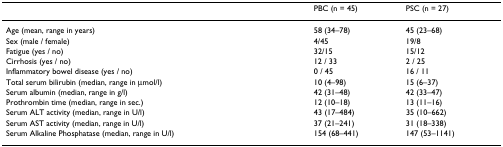
|  | PBC (n = 45) | PSC (n = 27) |
 | --- | --- | --- |
 | Age (mean, range in years) | 58 (34–78) | 45 (23–68) |
 | Sex (male / female) | 4/45 | 19/8 |
 | Fatigue (yes / no) | 32/15 | 15/12 |
 | Cirrhosis (yes / no) | 12 / 33 | 2 / 25 |
 | Inflammatory bowel disease (yes / no) | 0 / 45 | 16 / 11 |
 | Total serum bilirubin (median, range in μmol/l) | 10 (4–98) | 15 (6–37) |
 | Serum albumin (median, range in g/l) | 42 (31–48) | 42 (33–47) |
 | Prothrombin time (median, range in sec.) | 12 (10–18) | 13 (11–16) |
 | Serum ALT activity (median, range in U/l) | 43 (17–484) | 35 (10–662) |
 | Serum AST activity (median, range in U/l) | 37 (21–241) | 31 (18–338) |
 | Serum Alkaline Phosphatase (median, range in U/l) | 154 (68–441) | 147 (53–1141) |